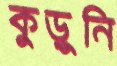
কুড়ুনি